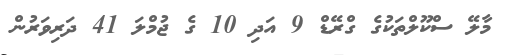
މާލޭ ސްކޫލްތަކުގެ ގްރޭޑް 9 އަދި 10 ގެ ޖުމްލަ 41 ދަރިވަރުން